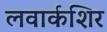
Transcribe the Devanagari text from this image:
लवार्कशिर